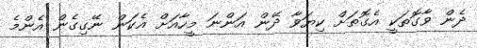
ދެން ވާގޮތަކީ އެގޮތަށް ކިޔަވާ ދޭން އަންނަ މީހާއަށް އެކަން ނޭގިގެން އެންމެ